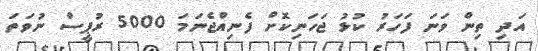
އަދި ތިން ވަނަ ފަހަރު ކުޅު ޖަހަނިކޮށް ފެނިއްޖެނަމަ 5000 ރުޕީސް ނުވަތަ